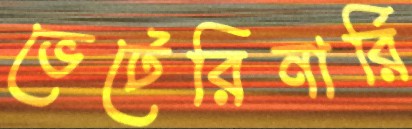
ভেটেরিনার্রি